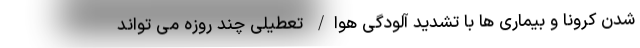
شدن کرونا و بیماری ها با تشدید آلودگی هوا/ تعطیلی چند روزه می تواند